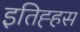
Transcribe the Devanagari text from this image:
इतिह्हस